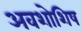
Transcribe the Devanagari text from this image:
अवशोशिष